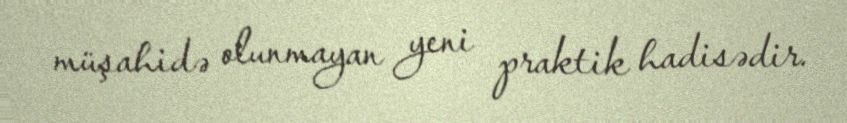
müşahidə olunmayan yeni praktik hadisədir.